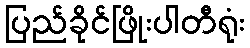
ပြည်ခိုင်ဖြိုးပါတီရုံး